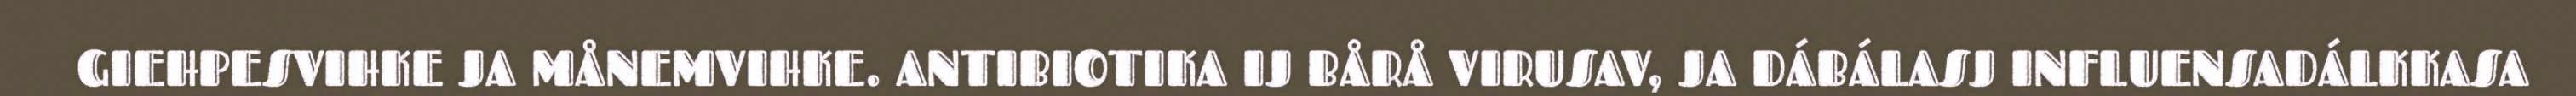
GIEHPESVIHKE JA MÅNEMVIHKE. ANTIBIOTIKA IJ BÅRÅ VIRUSAV, JA DÁBÁLASJ INFLUENSADÁLKKASA